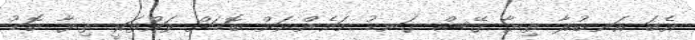
އެބަ އަނބުރާ ތިޔާ ގޭސް ގަނޑު މަމެންނަށް ބޮޑަށް ވައްތަރީ ތިޔާ ބޮޑު